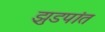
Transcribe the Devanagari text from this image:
झुडपांत